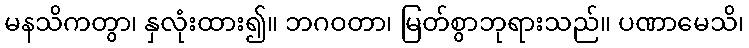
မနသိကတွာ၊ နှလုံးထား၍။ ဘဂဝတာ၊ မြတ်စွာဘုရားသည်။ ပဏာမေသိ၊